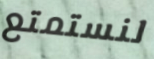
لنستمتع